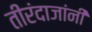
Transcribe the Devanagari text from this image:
तीरंदाजांनी